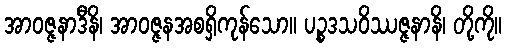
အာဝဇ္ဇနာဒီနိ၊ အာဝဇ္ဇနအစရှိကုန်သော။ ပဉ္စဒသဝိဿဇ္ဇနာနိ၊ တို့ကို။